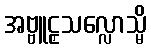
အဗ္ဗူဠှသလ္လောသ္မိ